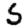
Digit: 5